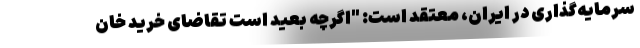
سرمایه‌گذاری در ایران، معتقد است: "اگرچه بعید است تقاضای خرید خان